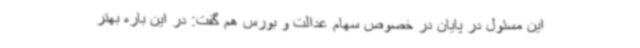
این مسئول در پایان در خصوص سهام عدالت و بورس هم گفت: در این باره بهتر